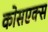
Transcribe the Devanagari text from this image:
कोसएक्स